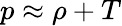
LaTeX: p\approx\rho+T